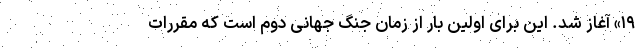
۱۹» آغاز شد. این برای اولین بار از زمان جنگ جهانی دوم است که مقررات